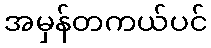
အမှန်တကယ်ပင်